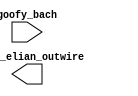
module carry (goofy_bach, ceres_elian_outwire);
  input goofy_bach;
  output ceres_elian_outwire;
endmodule